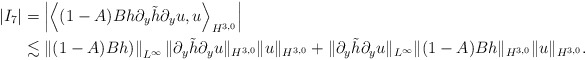
\begin{align*}|I_7|&=\left|\left\langle (1-A)Bh\partial_y\tilde{h}\partial_y u, u\right\rangle_{H^{3, 0}}\right|\\&\lesssim\left\|(1-A)Bh)\right\|_{L^\infty}\|\partial_y\tilde{h}\partial_y u\|_{H^{3, 0}}\|u\|_{H^{3, 0}}+\|\partial_y\tilde{h}\partial_y u\|_{L^\infty}\|(1-A)Bh\|_{H^{3, 0}}\|u\|_{H^{3, 0}}.\end{align*}